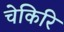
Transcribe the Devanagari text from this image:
चेकिरि